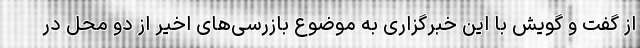
از گفت و گویش با این خبرگزاری به موضوع بازرسی‌های اخیر از دو محل در